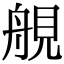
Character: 䚀